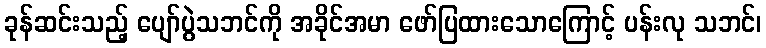
ခုန်ဆင်းသည့် ပျော်ပွဲသဘင်ကို အခိုင်အမာ ဖော်ပြထားသောကြောင့် ပန်းလု သဘင်၊